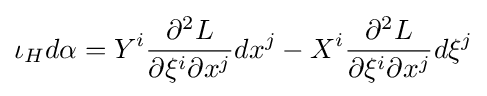
\iota _{H}d\alpha =Y^{i}{\frac {\partial ^{2}L}{\partial \xi ^{i}\partial x^{j}}}dx^{j}-X^{i}{\frac {\partial ^{2}L}{\partial \xi ^{i}\partial x^{j}}}d\xi ^{j}